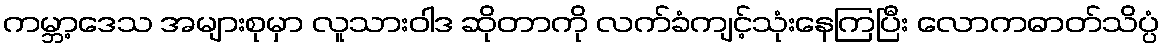
ကမ္ဘာ့ဒေသ အများစုမှာ လူသားဝါဒ ဆိုတာကို လက်ခံကျင့်သုံးနေကြပြီး လောကဓာတ်သိပ္ပံ